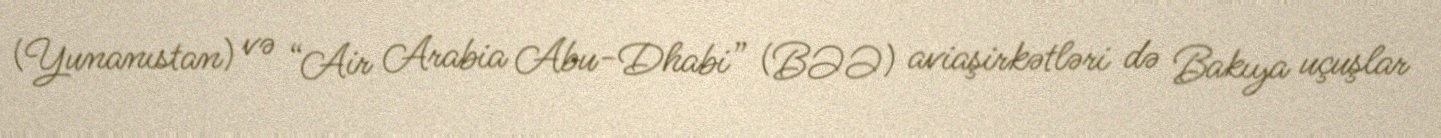
(Yunanıstan) və “Air Arabia Abu-Dhabi” (BƏƏ) aviaşirkətləri də Bakıya uçuşlar